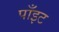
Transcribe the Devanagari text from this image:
पाँइट